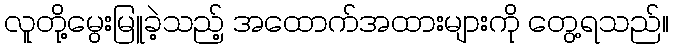
လူတို့မွေးမြူခဲ့သည့် အထောက်အထားများကို တွေ့ရသည်။